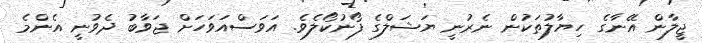
ޖީލާން އޭނާގެ ހިޔާލުތަކުން ނެރުނީ ޔަޝަލްގެ ފޯނުކޯލެވެ. އަވަސްއަވަހަށް ޖަވާބު ދެވުނީ އެންމެ